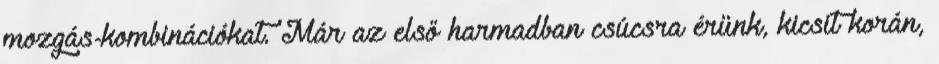
mozgás-kombinációkat. Már az első harmadban csúcsra érünk, kicsit korán,